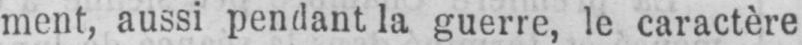
ment, aussi pendant la guerre, le caractère